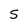
Character: 5